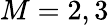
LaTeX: M=2,3